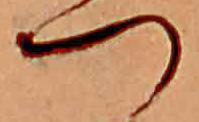
つ